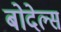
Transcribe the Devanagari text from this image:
बोदेल्स